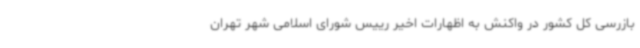
بازرسی کل کشور در واکنش به اظهارات اخیر رییس شورای اسلامی شهر تهران